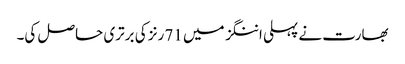
بھارت نے پہلی اننگز میں 71 رنز کی برتری حاصل کی۔